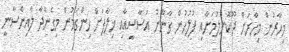
މިހާރުން މިހާރަށް ދޫކޮށްލުމަށާއި ފުލުހުން ގާނޫނު އަސާސީއާއި ޚިލާފަށް ހިންގަމުން މިގެންދާ ލާއިންސާނީ